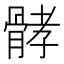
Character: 𩩉